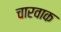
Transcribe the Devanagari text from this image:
चारवाक